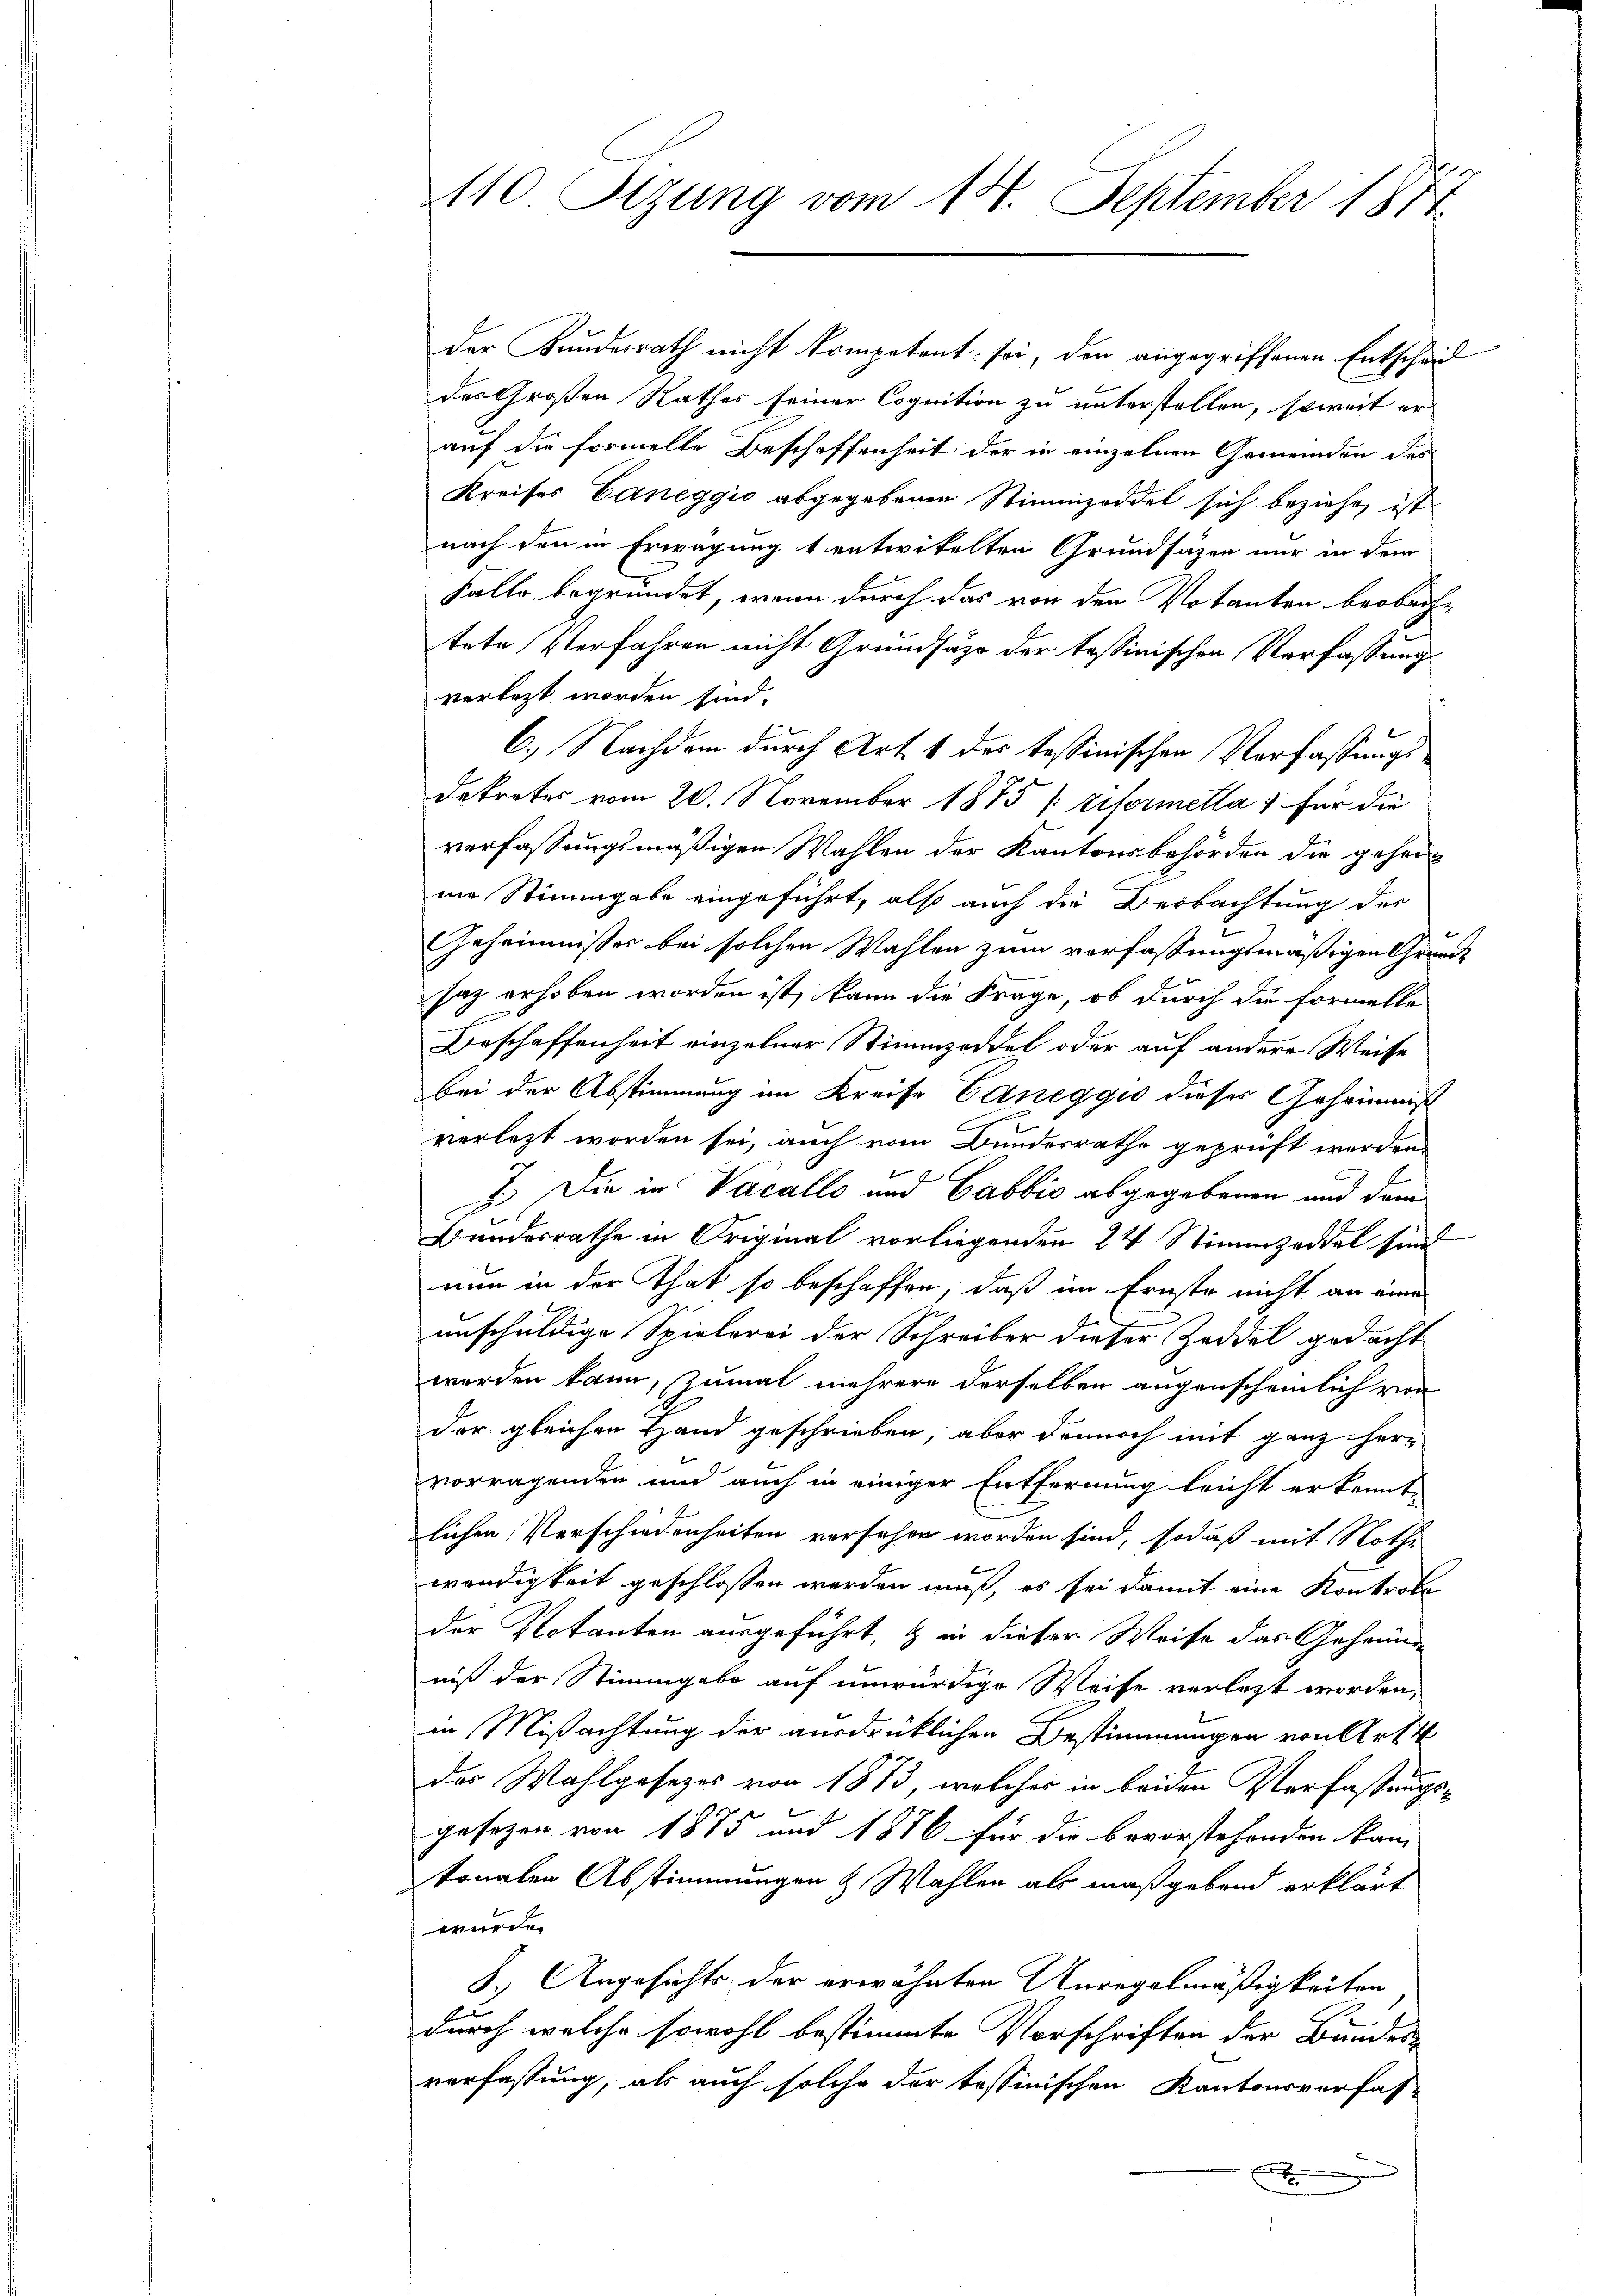
der Kundesrath nicht kompetent sei, der angegriffenen Entscheid
des Großen Rathes seiner Cognition zu unterstellen, soweit er
auf die formelte Beschaffenheit der in einzelnen Gemeinden des
Kreises Caneggio abgegebenen Stimmzeddel sich beziehe, ist
nach den in Erwägung 1 entwikelten Grundsäzen nur in dem
Falle begründet, wenn durch das von den Votanten beobache
tete Verfahren nicht Grundsäzze der tessinischen Verfassung
verletzt worden sind.
6.) Nachdem durch Art. 1 des tessinischen Verfaßungsdetretes vom 20. November 1875 (tiformella, für die
verfassungsmäßigen Wahlen der Kantonsbehörden die geheir
ne Stimmgabe eingeführt, also auch die Beobachtung des
Geheimnisses bei solchen Wahlen zum verfassungsmäßigen Grunde
saz erhoben worden ist, kann die Frage, ob durch die formelle
Beschaffenheit einzelner Stimmzeddel oder auf andere Weise
bei der Abstimmung im Kreise Caneggio dieses Geheimnis
verletzt worden sei, auch vom Bundesrathe geprüft werden
7.) Die in Vacalls und Gabbio abgegebenen und dem
Bundesrathe in Original vorliegenden 24 Stimmzeddel sind
nun in der That so beschaffen, daß im Ernste nicht an eine
unschuldige Spielerei der Schreiber dieser Zeddel gedacht
werden kann, zumal mehrere derselben augenscheinlich von
der gleichen Hand geschrieben, aber dennoch mit ganz her-
vorragenden und auch in einiger Entfernung leicht erkennt
lichen Verschiedenheiten versehen worden sind, sodaß mit Nothe
wendigkeit geschlossen werden muß, es sei damit eine Kontrole
der Votanten ausgeführt, & in dieser Weise das Geheimniß der Stimmgabe auf unwürdige Weise verletzt worden,
in Mißachtung der ausdrücklichen Bestimmungen von Art
das Wahlgesezes von 1873, welches in beiden Verfassungs-
gesezen von 1875 und 1876 für die bevorstehenden kan-
tonalen Abstimmungen & Wahlen als maßgebend erklärt
wurde.
8.) Angesichts der erwähnten Anregelmäßigkeiten
durch welche sowohl bestimmte Vorschriften der Bundes-
verfassung, als auch solche der tessinischen Kantonsverfas-

110 Sizung vom 14. September 1874